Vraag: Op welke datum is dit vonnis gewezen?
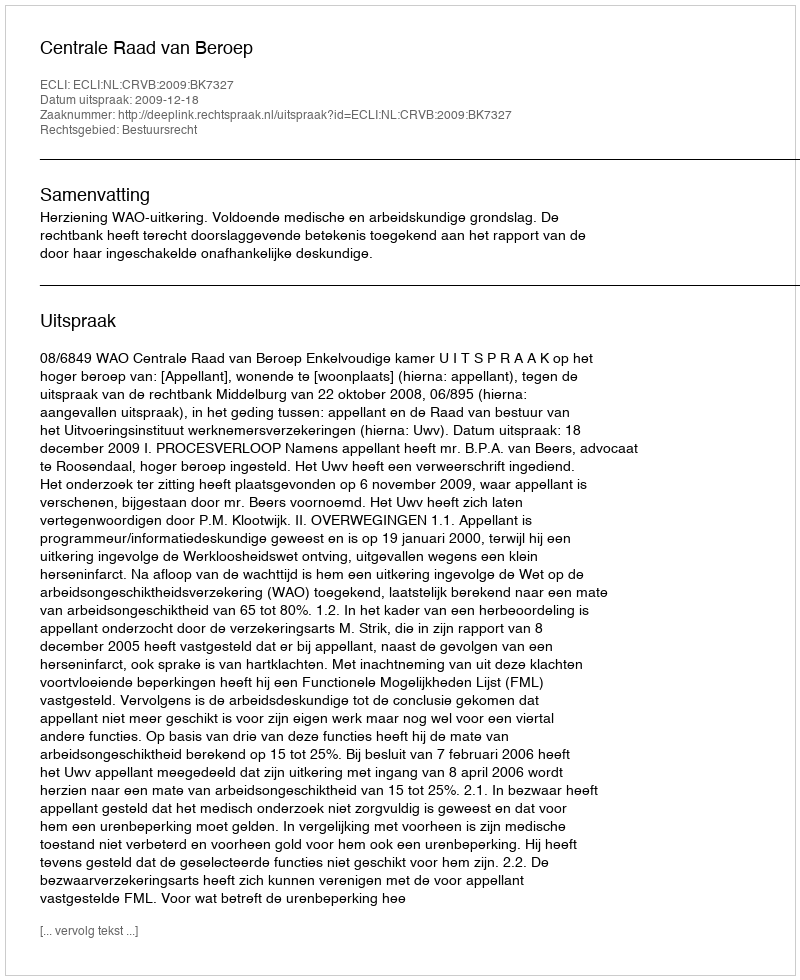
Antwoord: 2009-12-18